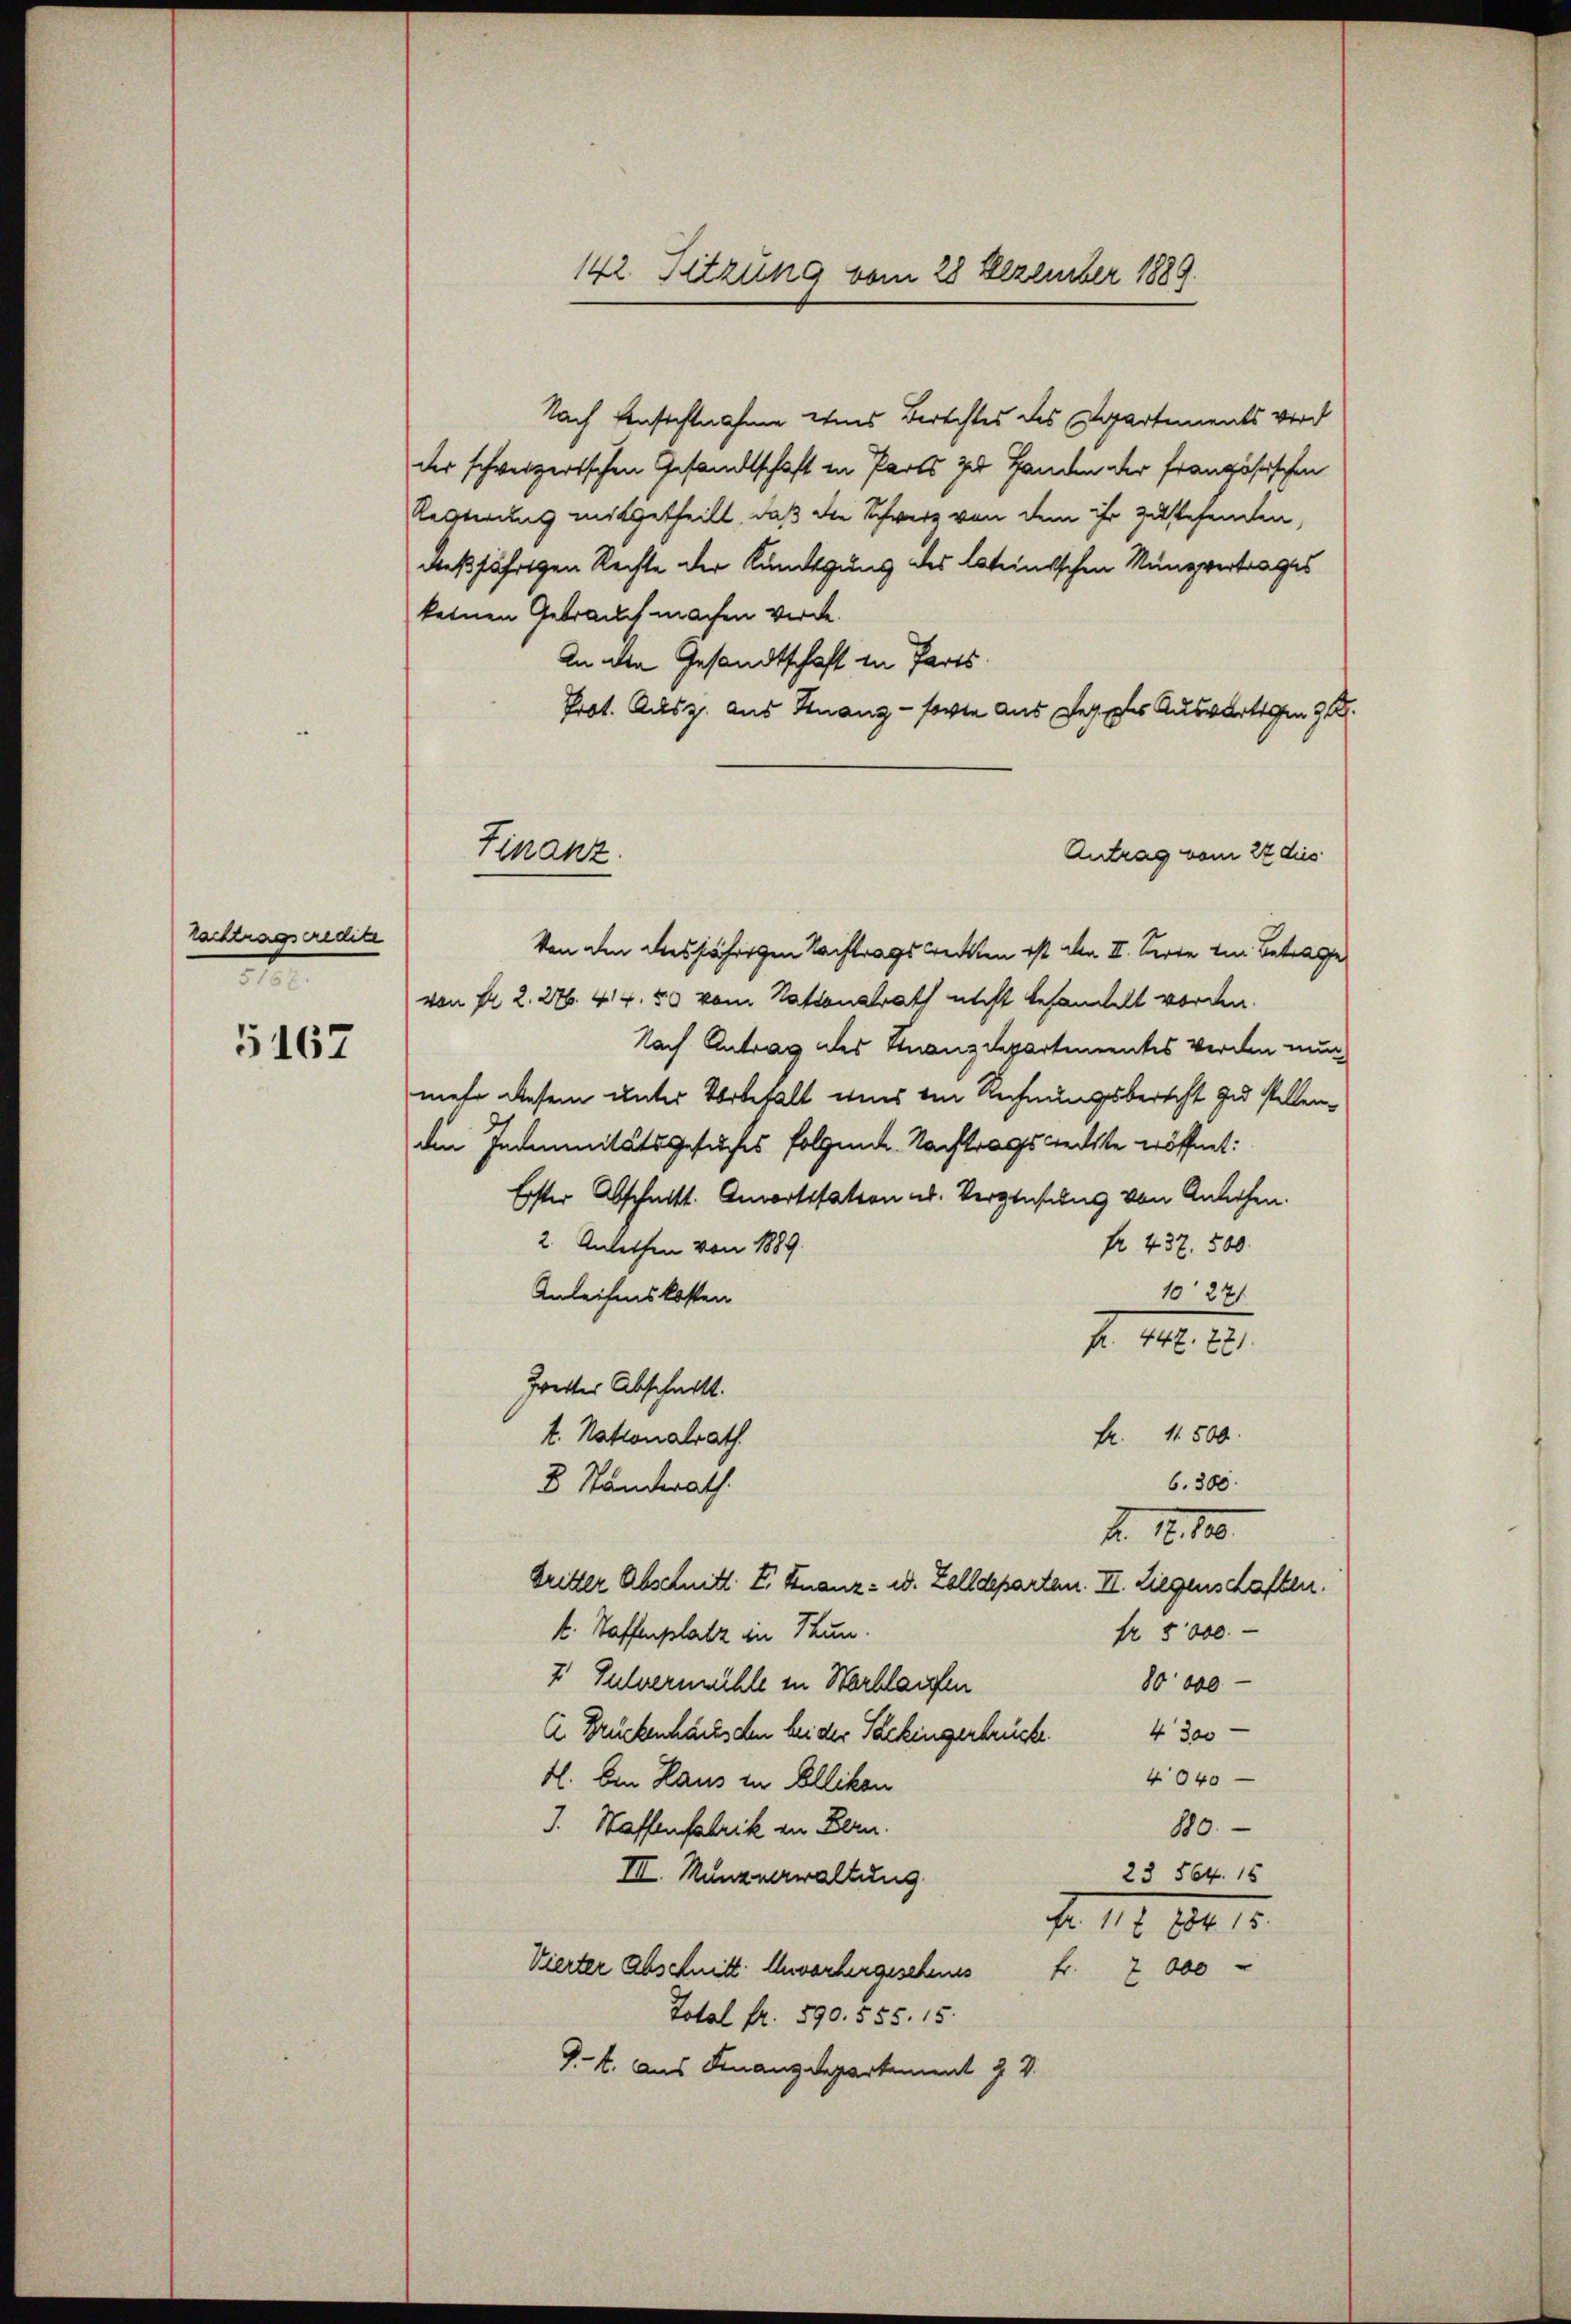
rachtragseredite
1

5167

Finanz

142. Sitzung vom 28 Dezember 1889.

Nach Einsichtnahme eins Berechtes des Departements wird
der schweizerischen Gesandtschaft in Parts zu Handen der französischen
Resterung mitgetheilt, daß die Schwere von dem ihr zustehenden,
dießjährigen Rechte der Kündigung des lateintschen Nungvertrages
keinen Gebrauch machen werde.
In die Gesandtschaft in Parts
Prot. Ausz. aus Finanz- sowie aus Vertes Auswärtigen 31.
Antrag vom 22 dies
Von den diesjährigen Nachtrags wecken ist. An II. Serie von Betrage
von Fr. 2. 276. 44. 80 vom Nationalrath nicht behandelt worden.
Nach Antrag des Finanzdepartementes werden nun-
mehr diesem unter Vorbehalt eins ein Rechnungsberecht zu stellen.
den Indemnitätsgesuches folgend. Nachtragsrechte eröffnet:
Erster Abschnitt. Anwortssation ab. Vergütung von Anliehen.
2. Anleihen von 1889.
fr. 437. 500.
Anleihenskosten
10271.
F. v. 12.
Zweiter Abschnitt.
t. Nationalrath
Fr. 1500.
6. 300.
8 Ständerath.
b. 18. II.
britter Abschnitt. I. Finanz- u. Zolldeparten. II. Liegenschaften.
4. Taffenplatz an Thun.
fr. 5000.
7 Gulvermühle in Wortlaufen
80 000
A. Brückenhäusden bei der Packingerbrücke. 4300 -
4040
4. Den Haus in Ellikon
I. Waffenfabrik in Bern.
180.
III. Nunzerwaltung
23 564. 15
f. 112. 184. 12.
Vierter Abschnitt. Unvorhergesehens
fr. 2 000
Total fr. 590. 555. 15.
J.. aus Finanzdepartement Z V